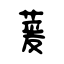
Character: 萲